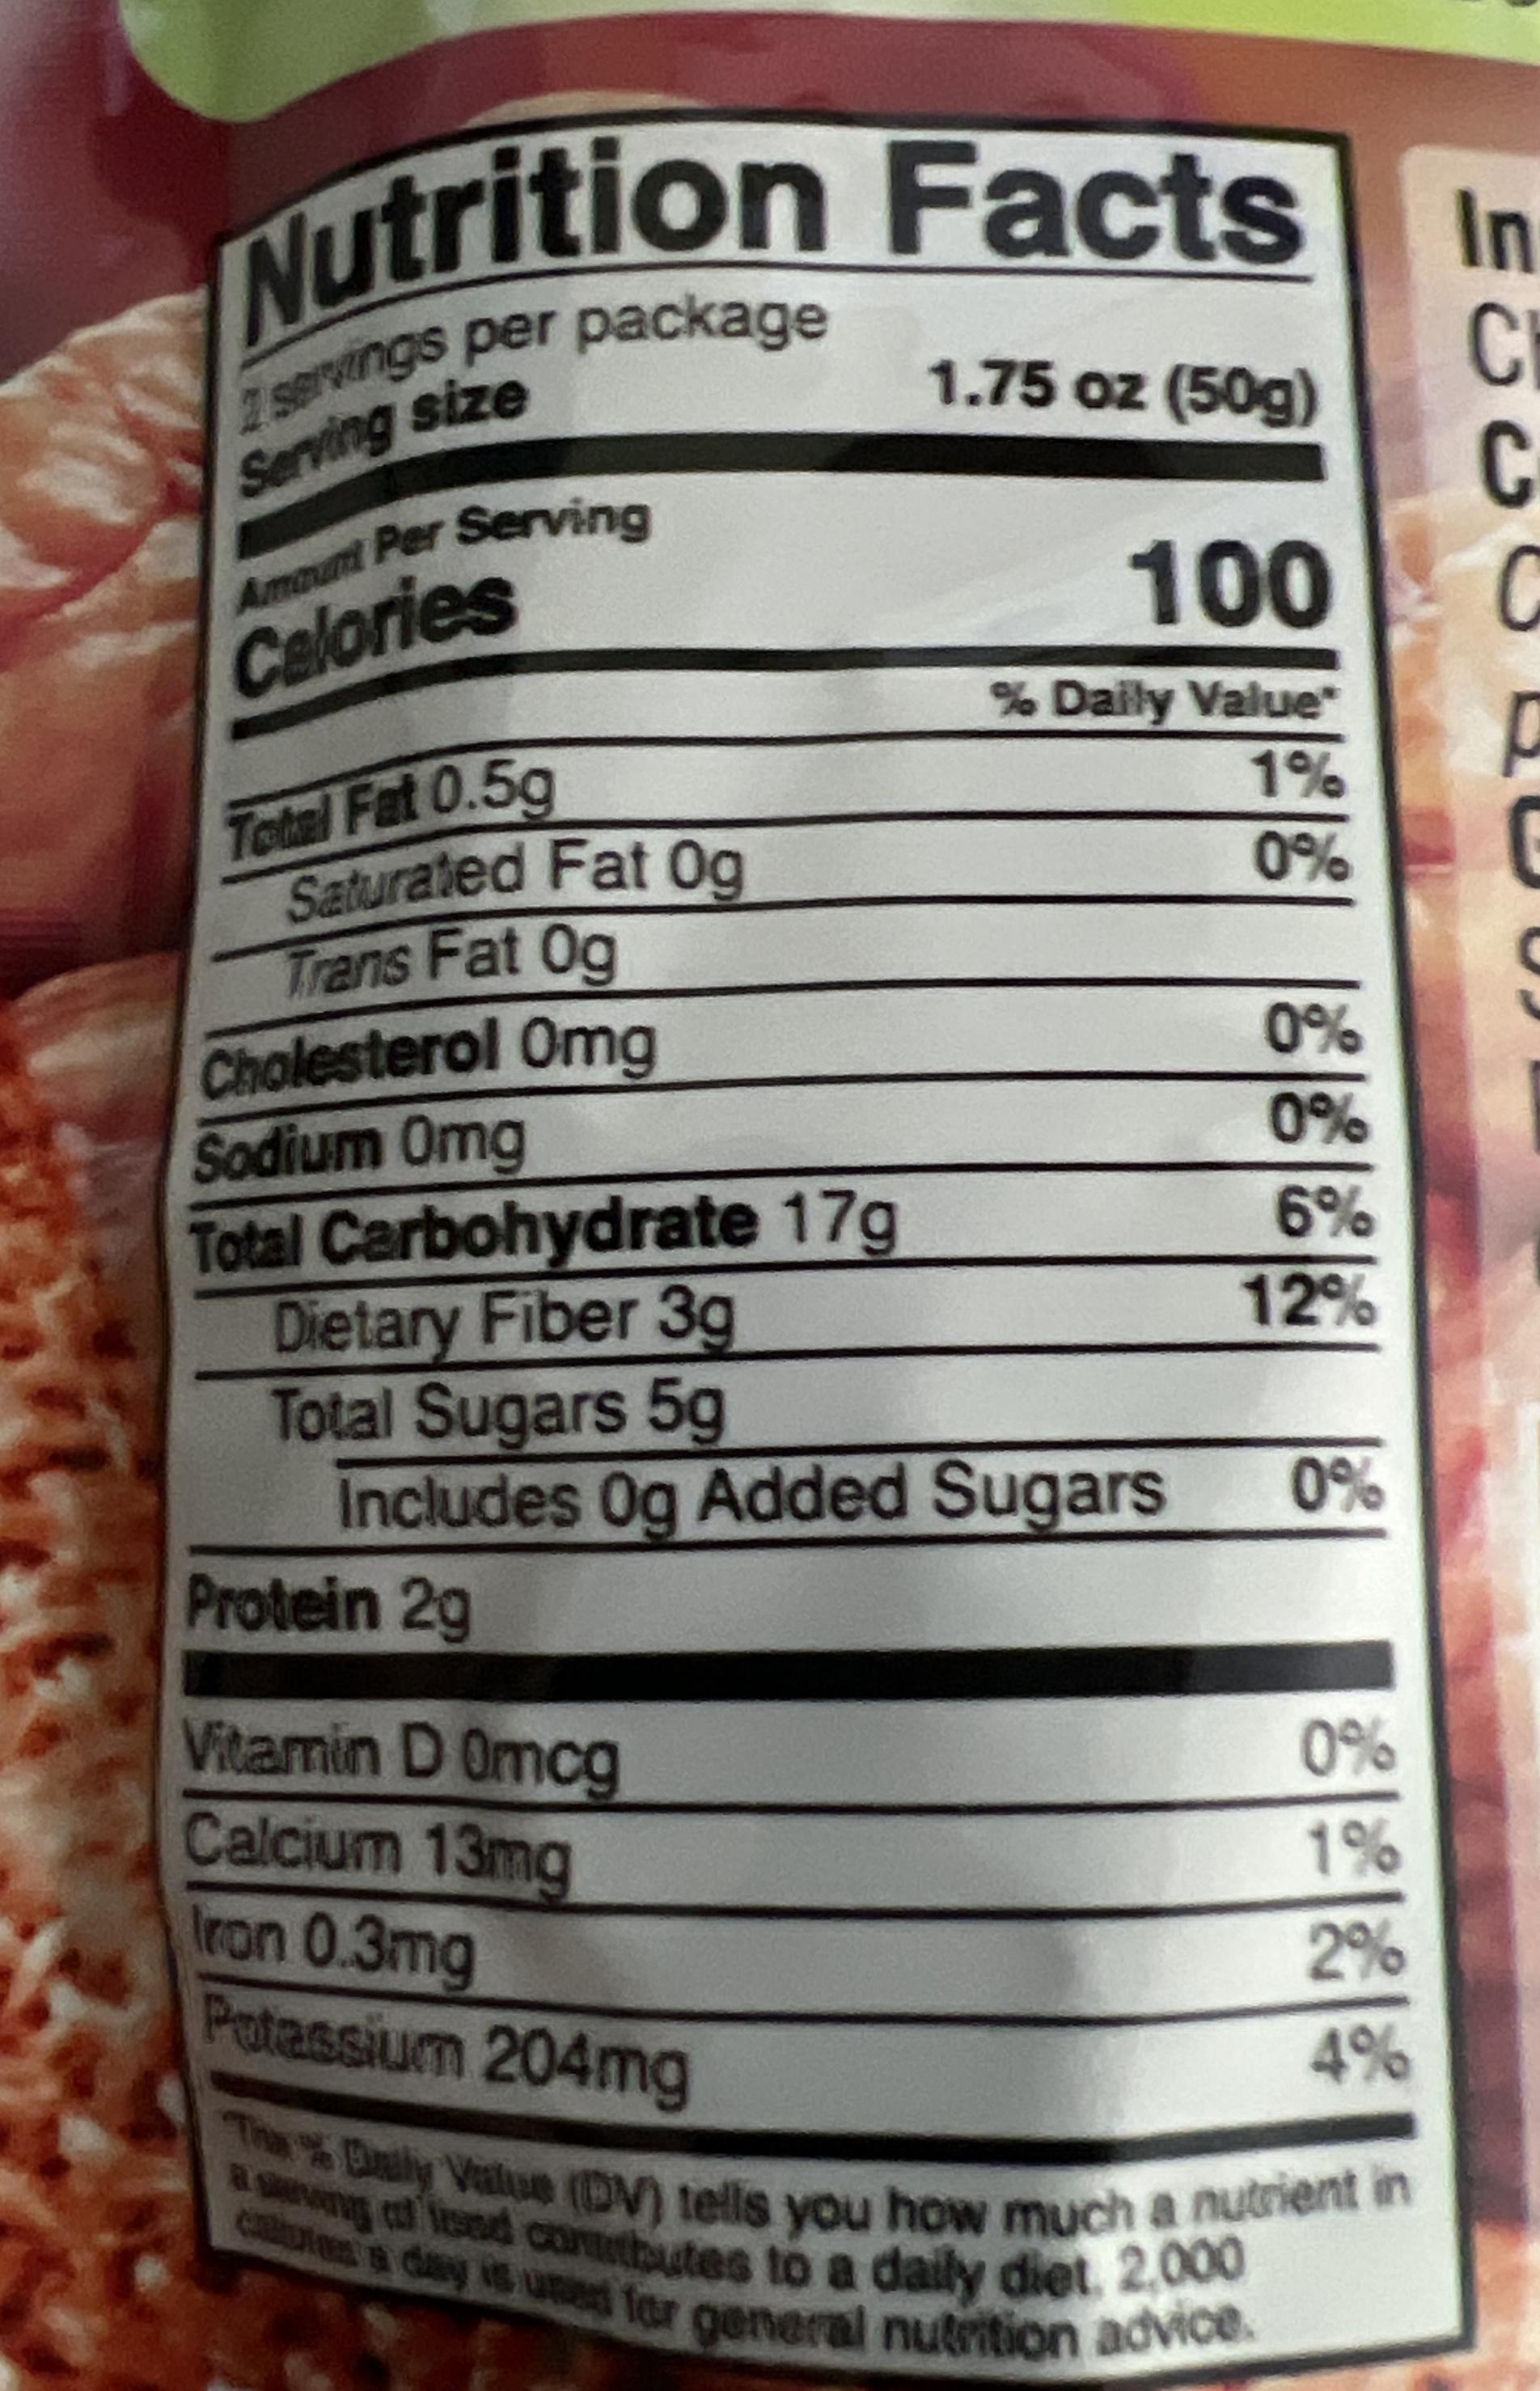
Nutrition Facts
1 servings per package
Serving size
Amount Per Serving Calories
Total Fat 0.5g Saturated Fat Og Trans Fat Og
Cholesterol Omg
Protein 2g
Sodium Omg
Total Carbohydrate 17g
Dietary Fiber 3g
Total Sugars 5g
Includes Og Added Sugars
Vitamin D Omcg
Calcium 13mg
1.75 oz (50g)
Iron 0.3mg
Potassium 204mg
100
% Daily Value*
1%
0%
0%
0%
6%
12%
0%
0%
1%
2%
4%
asing of lesend contbutes to a daily diet. 2,000 The Daily Value (DV) tells you how much a nutrient in cates a day is used for general nutrition advice.
In
C
C C
P
C